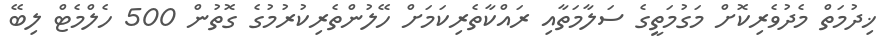
ޚިދުމަތް މެދުވެރިކޮށް މަގުމަތީގެ ސަލާމަތާއި ރައްކާތެރިކަމަށް ހޭލުންތެރިކުރުމުގެ ގޮތުން 500 ހެލްމެޓް ލިބޭ